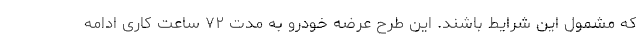
که مشمول این شرایط باشند. این طرح عرضه خودرو به مدت ۷۲ ساعت کاری ادامه